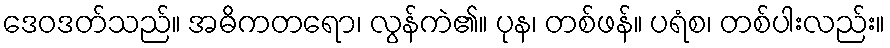
ဒေဝဒတ်သည်။ အဓိကတရော၊ လွန်ကဲ၏။ ပုန၊ တစ်ဖန်။ ပရံစ၊ တစ်ပါးလည်း။